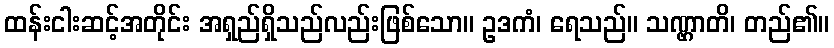
ထန်းငါးဆင့်အတိုင်း အရှည်ရှိသည်လည်းဖြစ်သော။ ဥဒကံ၊ ရေသည်။ သဏ္ဌာတိ၊ တည်၏။